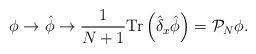
LaTeX: \begin{align*}\phi \to \hat{\phi} \to {1\over N+1} {\rm Tr} \left( \hat{\delta}_x \hat{\phi} \right) = {\cal P}_N \phi.\end{align*}